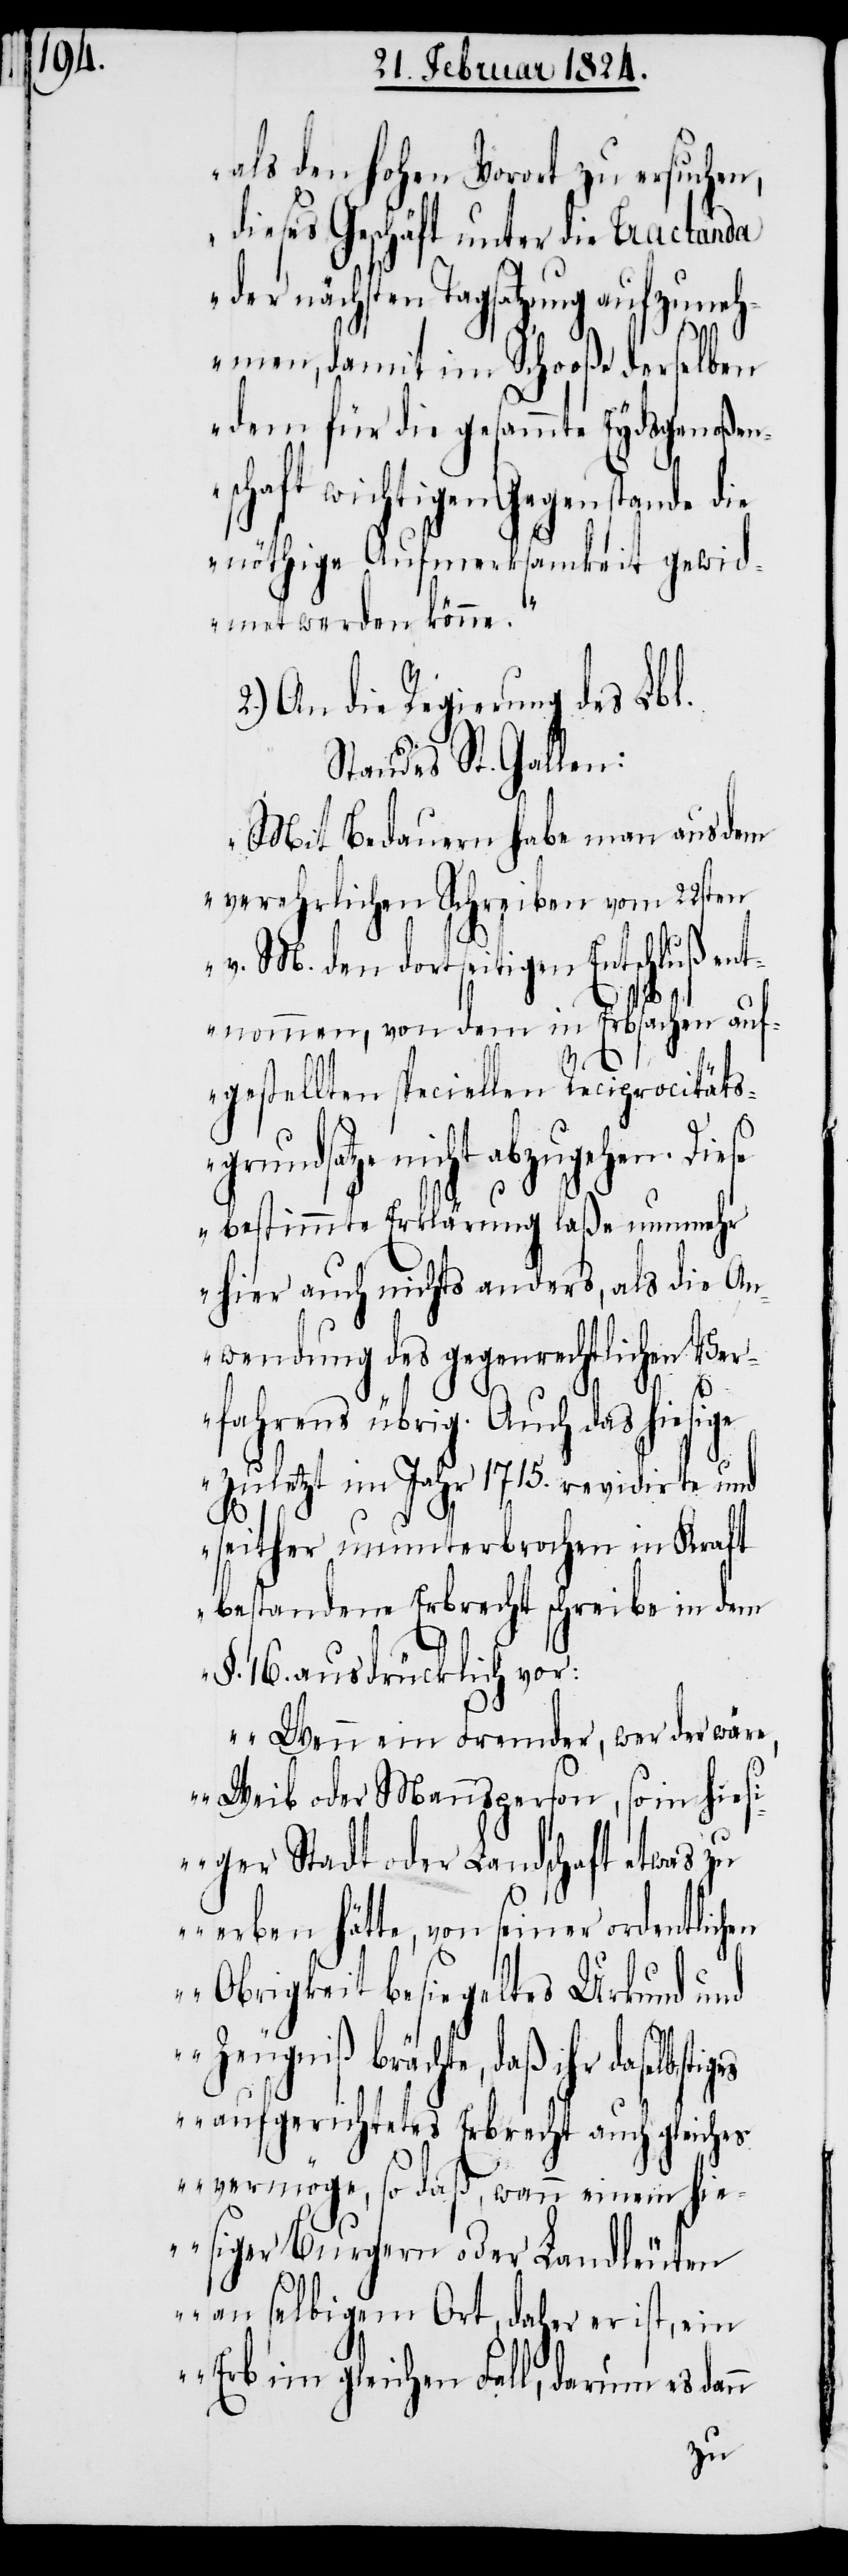
als den hohen Vorort zu ersuchen,
dieses Geschäft unter die Tractanda
der nächsten Tagsatzung aufzuneh¬
tig¬
men, damit im Schooße derselben
dem für die gesammte Eydsgenoßen¬
schaft wichtigen Gegenstande die
nöthige Aufmerksamkeit gewid¬
met werden könne.“
2.) An die Regierung des Lbl.
Standes St. Gallen:
„Mit Bedauern habe man aus dem
verehrlichen Schreiben vom 22sten
v. M. den dortseitigen Entschluß ent¬
nommen, von dem in Erbsachen auf¬
gestellten speciellen Reciprocitätsg¬
dsatze nicht abzugehen. Di¬
ese bestimmte Erklärung laße nunmehr
hier auch nichts anders, als die An¬
wendung des gegenrechtlichen Ver¬
fahrens übrig. Auch das hiesige
zuletzt im Jahr 1715. revidirte und
seither ununterbrochen in Kraft
bestandene Erbrecht schreibe in dem
§. 16. ausdrücklich vor:
„Wenn ein Fremder, wer das wär¬
e, Weib oder Mannsperson, so in hies¬
iger Stadt oder Landschaft etwas zu
erben hätte, von seiner ordentlichen
Obrigkeit besiegeltes Urkund und
Zeugniß brächte, daß ihr daselbs¬
es aufgerichtetes Erbrecht auch gleiches
vermöge, so daß, wann einem hie¬
siger Burgern oder Landleuten
an selbigem Ort, daher er ist, ein
Erb im gleichen Fall, darum es dann